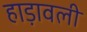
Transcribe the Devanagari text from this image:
हाड़ावली